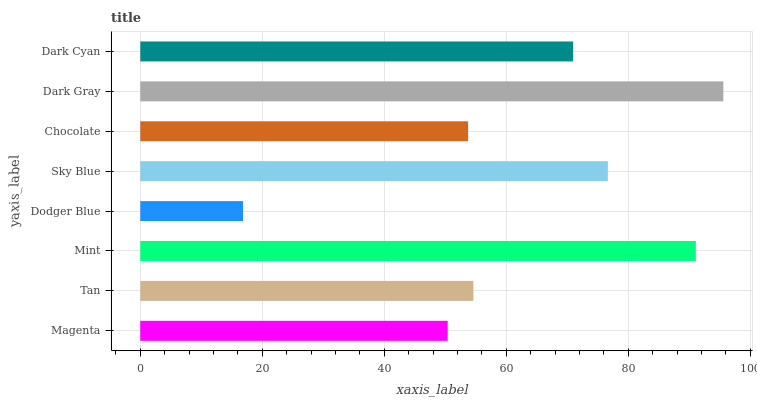
| yaxis_label | bars |
 | --- | --- |
 | Magenta | 50.4 |
 | Tan | 54.6 |
 | Mint | 91.1 |
 | Dodger Blue | 16.8 |
 | Sky Blue | 76.7 |
 | Chocolate | 53.7 |
 | Dark Gray | 95.6 |
 | Dark Cyan | 71 |